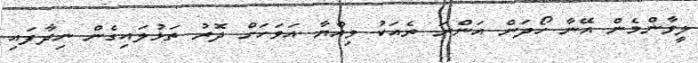
ލީވާންމެން އޭނާ ހޯދަން އަންނަ ރެއަކު ވިއްޔާ އަވަހަށް ދޮރު ތަޅުލައިގެން ނިދާފައި